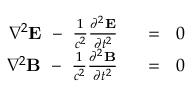
{ \begin{array} { r l } { \nabla ^ { 2 } \mathbf { E } \ - \ { \frac { 1 } { c ^ { 2 } } } { \frac { \partial ^ { 2 } \mathbf { E } } { \partial t ^ { 2 } } } \ \ } & { = \ \ 0 } \\ { \nabla ^ { 2 } \mathbf { B } \ - \ { \frac { 1 } { c ^ { 2 } } } { \frac { \partial ^ { 2 } \mathbf { B } } { \partial t ^ { 2 } } } \ \ } & { = \ \ 0 } \end{array} }